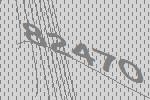
82470